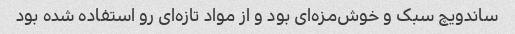
ساندویچ سبک و خوش‌مزه‌ای بود و از مواد تازه‌ای رو استفاده شده بود